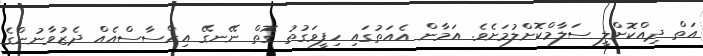
އަތް ދިއްކޮށްލީ ސަލާމްކޮށްލުމަށެވެ. އަމާން އެއަތުގައި ހިފީވަގުތު ގޮތް ނޭނގޭ އިހްސާސްއެއް ދެޒުވާނުންގެ